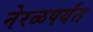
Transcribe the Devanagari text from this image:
नेरळपर्यंत